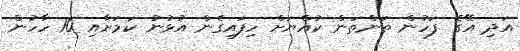
އަދި އޭގެ ފަހުން ތަންތަން ކުއްޔަށް ހިފައިގެން އުޅުނު ކަމަށާއި 10 ހާހުން